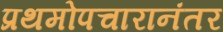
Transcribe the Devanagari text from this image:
प्रथमोपचारानंतर